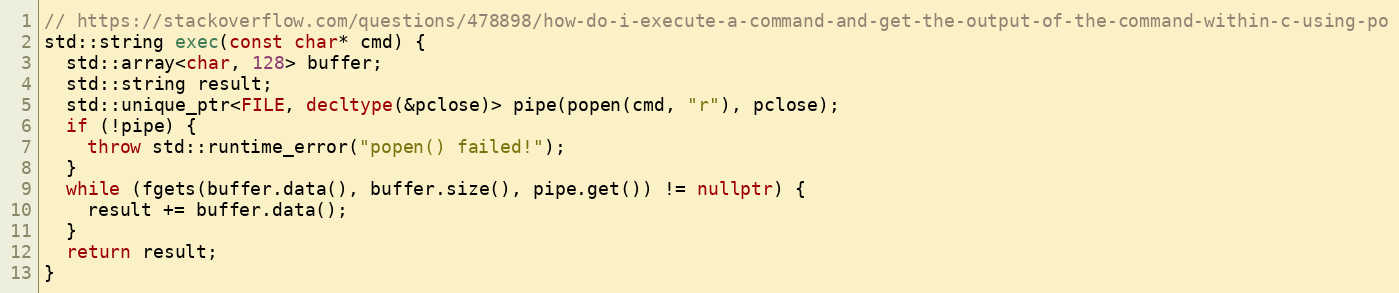
Language: C++
// https://stackoverflow.com/questions/478898/how-do-i-execute-a-command-and-get-the-output-of-the-command-within-c-using-po
std::string exec(const char* cmd) {
  std::array<char, 128> buffer;
  std::string result;
  std::unique_ptr<FILE, decltype(&pclose)> pipe(popen(cmd, "r"), pclose);
  if (!pipe) {
    throw std::runtime_error("popen() failed!");
  }
  while (fgets(buffer.data(), buffer.size(), pipe.get()) != nullptr) {
    result += buffer.data();
  }
  return result;
}